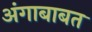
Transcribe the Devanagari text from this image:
अंगाबाबत